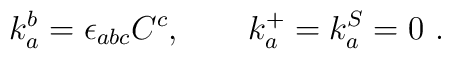
k_{a}^{b}=\epsilon_{abc}C^{c}, \qquad k_{a}^{+}=k_{a}^{S}=0 \ .